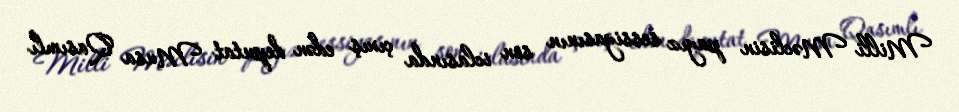
Milli Məclisin payız sessiyasının son iclasında çıxış edən deputat Musa Qasımlı